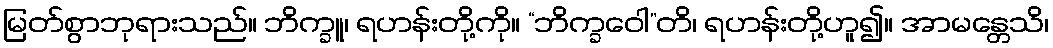
မြတ်စွာဘုရားသည်။ ဘိက္ခူ၊ ရဟန်းတို့ကို။ “ဘိက္ခဝေါ”တိ၊ ရဟန်းတို့ဟူ၍။ အာမန္တေသိ၊